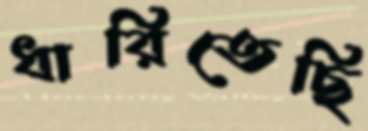
ধারিতেছি